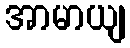
အာမာယျ